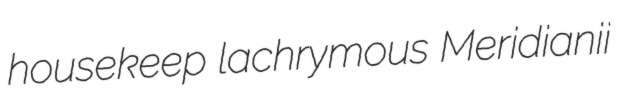
housekeep lachrymous Meridianii